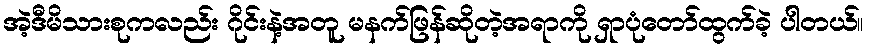
အဲ့ဒီမိသားစုကလည်း ဂိုင်းနဲ့အတူ မနက်ဖြန်ဆိုတဲ့အရာကို ရှာပုံတော်ထွက်ခဲ့ ပါတယ်။